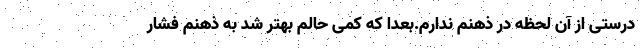
درستی از آن لحظه در ذهنم ندارم.بعدا که کمی حالم بهتر شد به ذهنم فشار